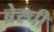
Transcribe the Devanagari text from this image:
ब्रेस्ची